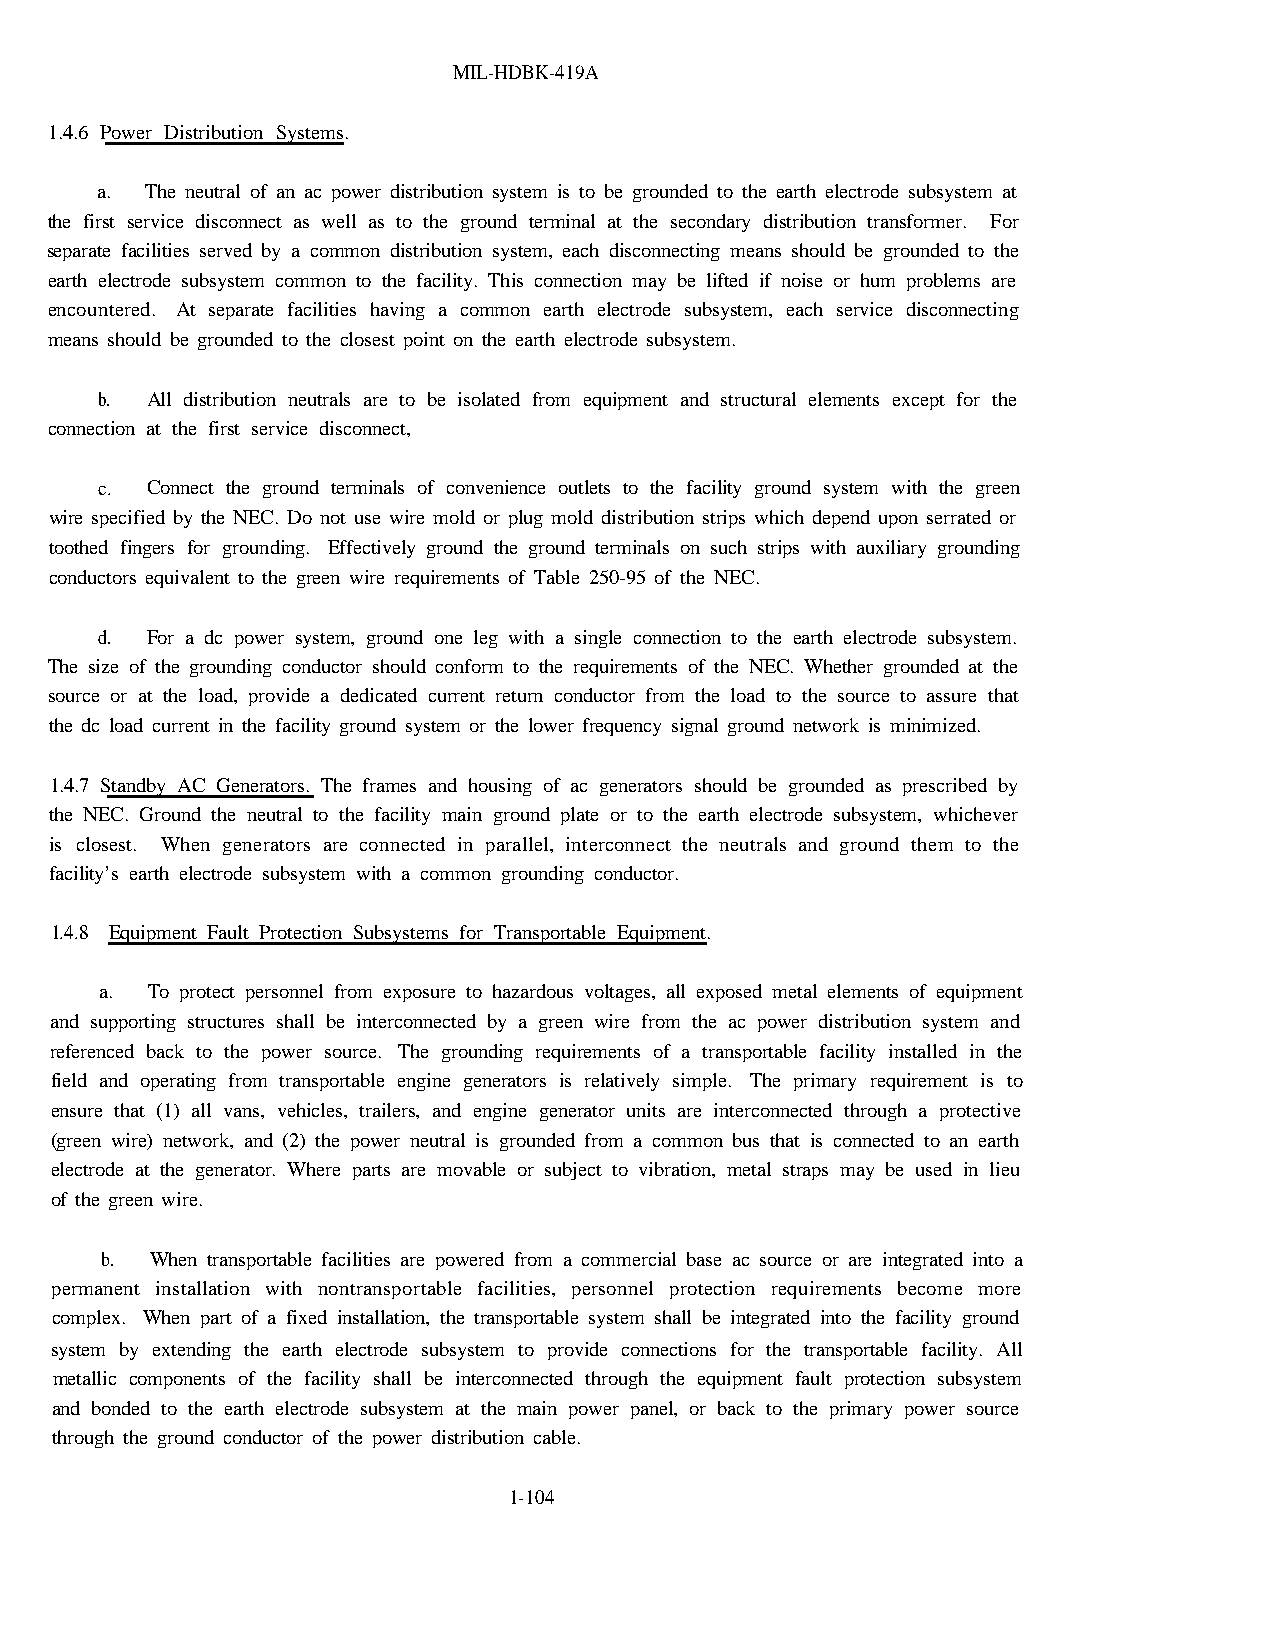
MIL-HDBK-419A
 1.4.6 Power Distribution Systems.
 a.  The neutral of an ac power distribution system is to be grounded to the earth electrode subsystem at
 the first service disconnect as well as to the ground terminal at the secondary distribution transformer. For
 separate facilities served by a common distribution system, each disconnecting means should be grounded to the
 earth electrode subsystem common to the facility. This connection may be lifted if noise or hum problems are
 encountered. At separate facilities having a common earth electrode subsystem, each service disconnecting
 means should be grounded to the closest point on the earth electrode subsystem.
 b.  All distribution neutrals are to be isolated from equipment and structural elements except for the
 connection at the first service disconnect,
 c.  Connect the ground terminals of convenience outlets to the facility ground system with the green
 wire specified by the NEC. Do not use wire mold or plug mold distribution strips which depend upon serrated or
 toothed fingers for grounding. Effectively ground the ground terminals on such strips with auxiliary grounding
 conductors equivalent to the green wire requirements of Table 250-95 of the NEC.
 d.  For a dc power system, ground one leg with a single connection to the earth electrode subsystem.
 The size of the grounding conductor should conform to the requirements of the NEC. Whether grounded at the
 source or at the load, provide a dedicated current return conductor from the load to the source to assure that
 the dc load current in the facility ground system or the lower frequency signal ground network is minimized.
 1.4.7 Standby AC Generators. The frames and housing of ac generators should be grounded as prescribed by
 the NEC. Ground the neutral to the facility main ground plate or to the earth electrode subsystem, whichever
 is closest. When generators are connected in parallel, interconnect the neutrals and ground them to the
 facility’s earth electrode subsystem with a common grounding conductor.
 1.4.8 Equipment Fault Protection Subsystems for Transportable Equipment.
 a. To protect personnel from exposure to hazardous voltages, all exposed metal elements of equipment
 and supporting structures shall be interconnected by a green wire from the ac power distribution system and
 referenced back to the power source. The grounding requirements of a transportable facility installed in the
 field and operating from transportable engine generators is relatively simple. The primary requirement is to
 ensure that (1) all vans, vehicles, trailers, and engine generator units are interconnected through a protective
 (green wire) network, and (2) the power neutral is grounded from a common bus that is connected to an earth
 electrode at the generator. Where parts are movable or subject to vibration, metal straps may be used in lieu
 of the green wire.
 b. When transportable facilities are powered from a commercial base ac source or are integrated into a
 permanent installation with nontransportable facilities, personnel protection requirements become more
 complex. When part of a fixed installation, the transportable system shall be integrated into the facility ground
 system by extending the earth electrode subsystem to provide connections for the transportable facility. All
 metallic components of the facility shall be interconnected through the equipment fault protection subsystem
 and bonded to the earth electrode subsystem at the main power panel, or back to the primary power source
 through the ground conductor of the power distribution cable.
 1-104